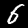
Digit: 6